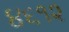
૪૬૧૨